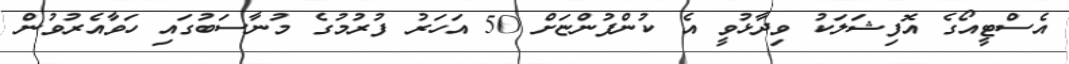
އެސްޓީއޯގެ އޮފިޝަލަކު ވިދާޅުވީ އެ ކުންފުންޏަށް 50 އަހަރު ފުރުމުގެ މުނާސަބުގައި ހަވާއެރުވުން